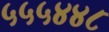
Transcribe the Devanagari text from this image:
५५५४४८